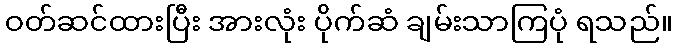
ဝတ်ဆင်ထားပြီး အားလုံး ပိုက်ဆံ ချမ်းသာကြပုံ ရသည်။